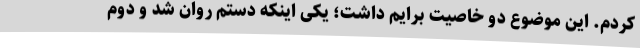
کردم. این موضوع دو خاصیت برایم داشت؛ یکی اینکه دستم روان شد و دوم